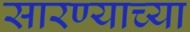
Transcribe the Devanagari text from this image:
सारण्याच्या